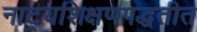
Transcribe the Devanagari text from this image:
नाट्यशिक्षणपद्धतीत